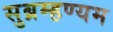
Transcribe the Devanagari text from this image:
सुब्रम्हण्यम